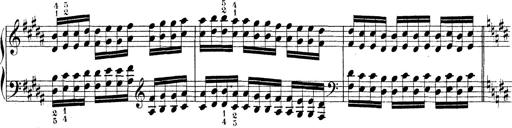
Title: Technische Studien
Composer: Franz Liszt